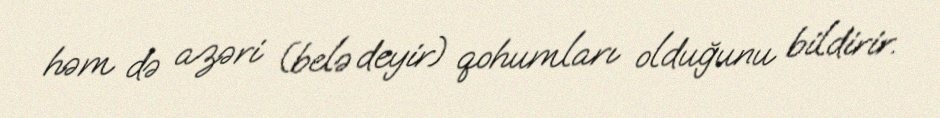
həm də azəri (belə deyir) qohumları olduğunu bildirir.